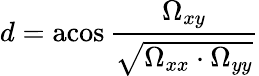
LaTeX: d=\operatorname{acos}{\frac{\Omega_{xy}}{\sqrt{\Omega_{xx}\cdot\Omega_{yy}}}}